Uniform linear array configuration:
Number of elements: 32
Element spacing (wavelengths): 0.75
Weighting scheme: exponential
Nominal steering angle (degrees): -45
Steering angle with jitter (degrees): -45.885
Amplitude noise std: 0.05
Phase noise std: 0.05

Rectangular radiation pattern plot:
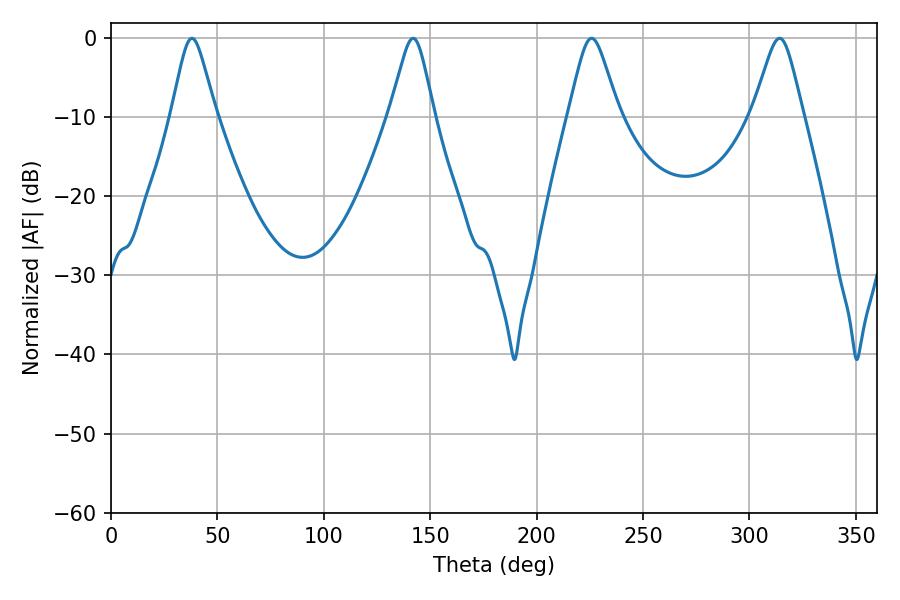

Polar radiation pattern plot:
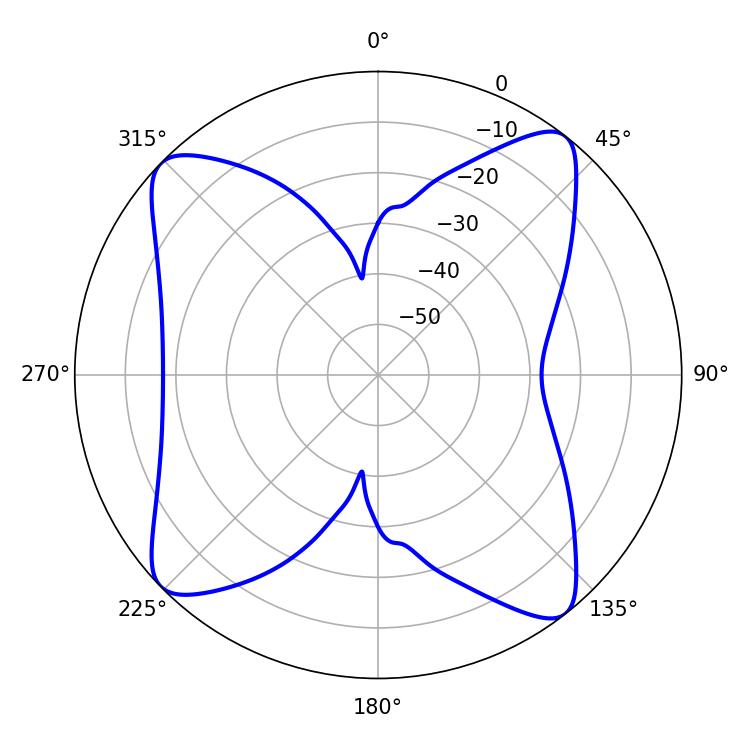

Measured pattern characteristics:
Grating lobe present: TRUE
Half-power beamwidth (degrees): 9.9
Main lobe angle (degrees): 37.98